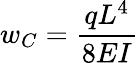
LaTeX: w_{C}={\frac{qL^{4}}{8EI}}